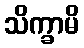
သိက္ခာမိ